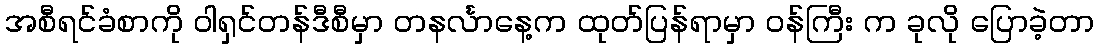
အစီရင်ခံစာကို ဝါရှင်တန်ဒီစီမှာ တနင်္လာနေ့က ထုတ်ပြန်ရာမှာ ဝန်ကြီး က ခုလို ပြောခဲ့တာ